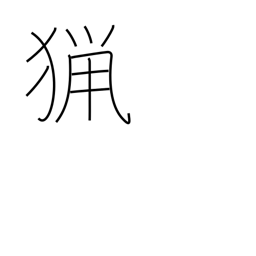
Meaning: shooting